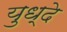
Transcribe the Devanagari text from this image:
युध्दे